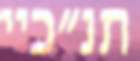
תנ"כיי